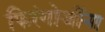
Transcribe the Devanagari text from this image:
फिरंगोजींना